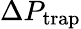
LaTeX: \Delta P_{\textrm{trap}}